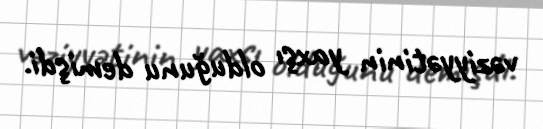
vəziyyətinin yaxşı olduğunu demişdi.